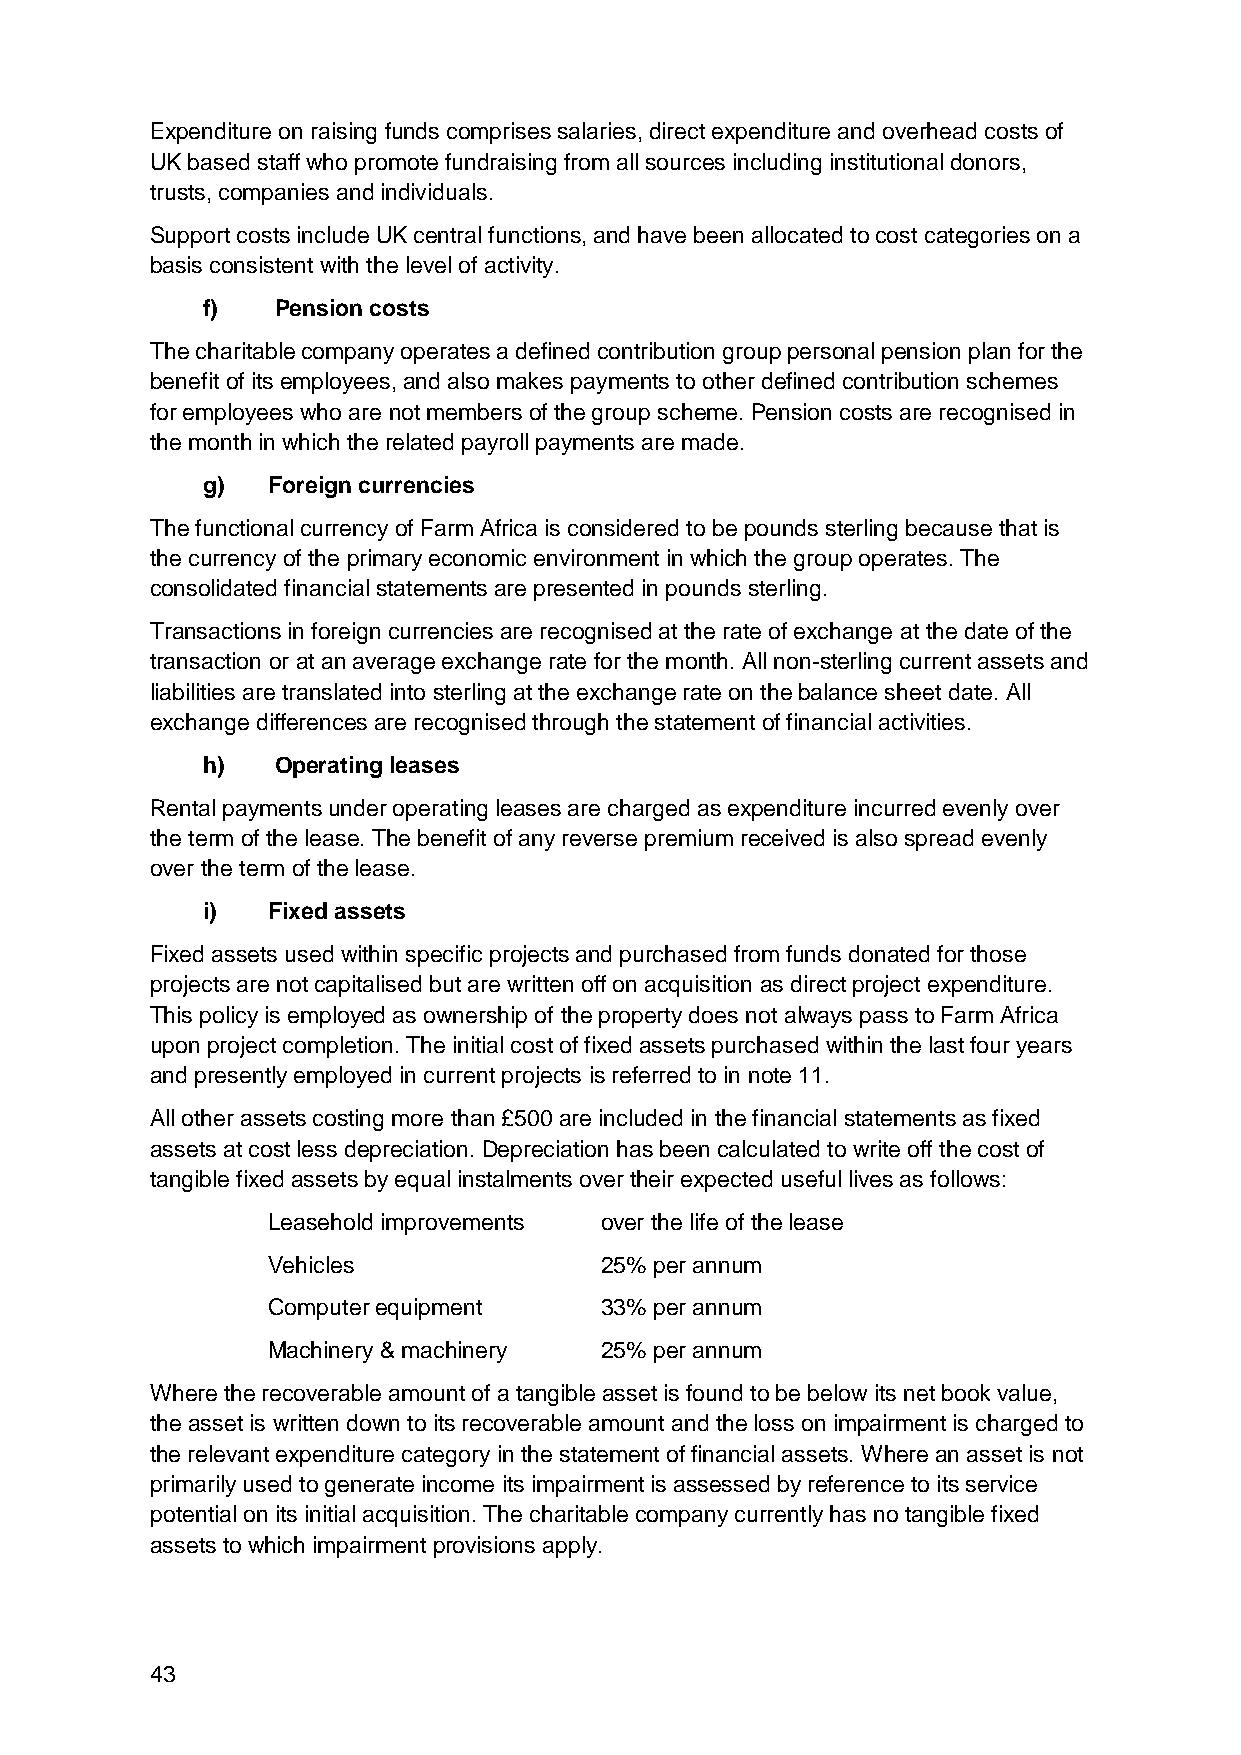
Expenditure on raising funds comprises salaries, direct expenditure and overhead costs of
 UK based staff who promote fundraising from all sources including institutional donors,
 trusts, companies and individuals.
 Support costs include UK central functions, and have been allocated to cost categories on a
 basis consistent with the level of activity.
 f)   Pension costs
 The charitable company operates a defined contribution group personal pension plan for the
 benefit of its employees, and also makes payments to other defined contribution schemes
 for employees who are not members of the group scheme. Pension costs are recognised in
 the month in which the related payroll payments are made.
 g)   Foreign currencies
 The functional currency of Farm Africa is considered to be pounds sterling because that is
 the currency of the primary economic environment in which the group operates. The
 consolidated financial statements are presented in pounds sterling.
 Transactions in foreign currencies are recognised at the rate of exchange at the date of the
 transaction or at an average exchange rate for the month. All non-sterling current assets and
 liabilities are translated into sterling at the exchange rate on the balance sheet date. All
 exchange differences are recognised through the statement of financial activities.
 h)   Operating leases
 Rental payments under operating leases are charged as expenditure incurred evenly over
 the term of the lease. The benefit of any reverse premium received is also spread evenly
 over the term of the lease.
 i)   Fixed assets
 Fixed assets used within specific projects and purchased from funds donated for those
 projects are not capitalised but are written off on acquisition as direct project expenditure.
 This policy is employed as ownership of the property does not always pass to Farm Africa
 upon project completion. The initial cost of fixed assets purchased within the last four years
 and presently employed in current projects is referred to in note 11.
 All other assets costing more than £500 are included in the financial statements as fixed
 assets at cost less depreciation. Depreciation has been calculated to write off the cost of
 tangible fixed assets by equal instalments over their expected useful lives as follows:
 Leasehold improvements over the life of the lease
 Vehicles              25% per annum
 Computer equipment    33% per annum
 Machinery & machinery 25% per annum
 Where the recoverable amount of a tangible asset is found to be below its net book value,
 the asset is written down to its recoverable amount and the loss on impairment is charged to
 the relevant expenditure category in the statement of financial assets. Where an asset is not
 primarily used to generate income its impairment is assessed by reference to its service
 potential on its initial acquisition. The charitable company currently has no tangible fixed
 assets to which impairment provisions apply.
 43